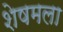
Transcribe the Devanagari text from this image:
शेषमला